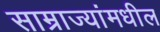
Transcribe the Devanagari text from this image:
साम्राज्यांमधील